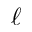
\boldsymbol { \ell }